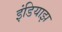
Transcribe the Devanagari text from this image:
इंडियाझ